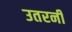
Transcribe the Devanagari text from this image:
उतरनी